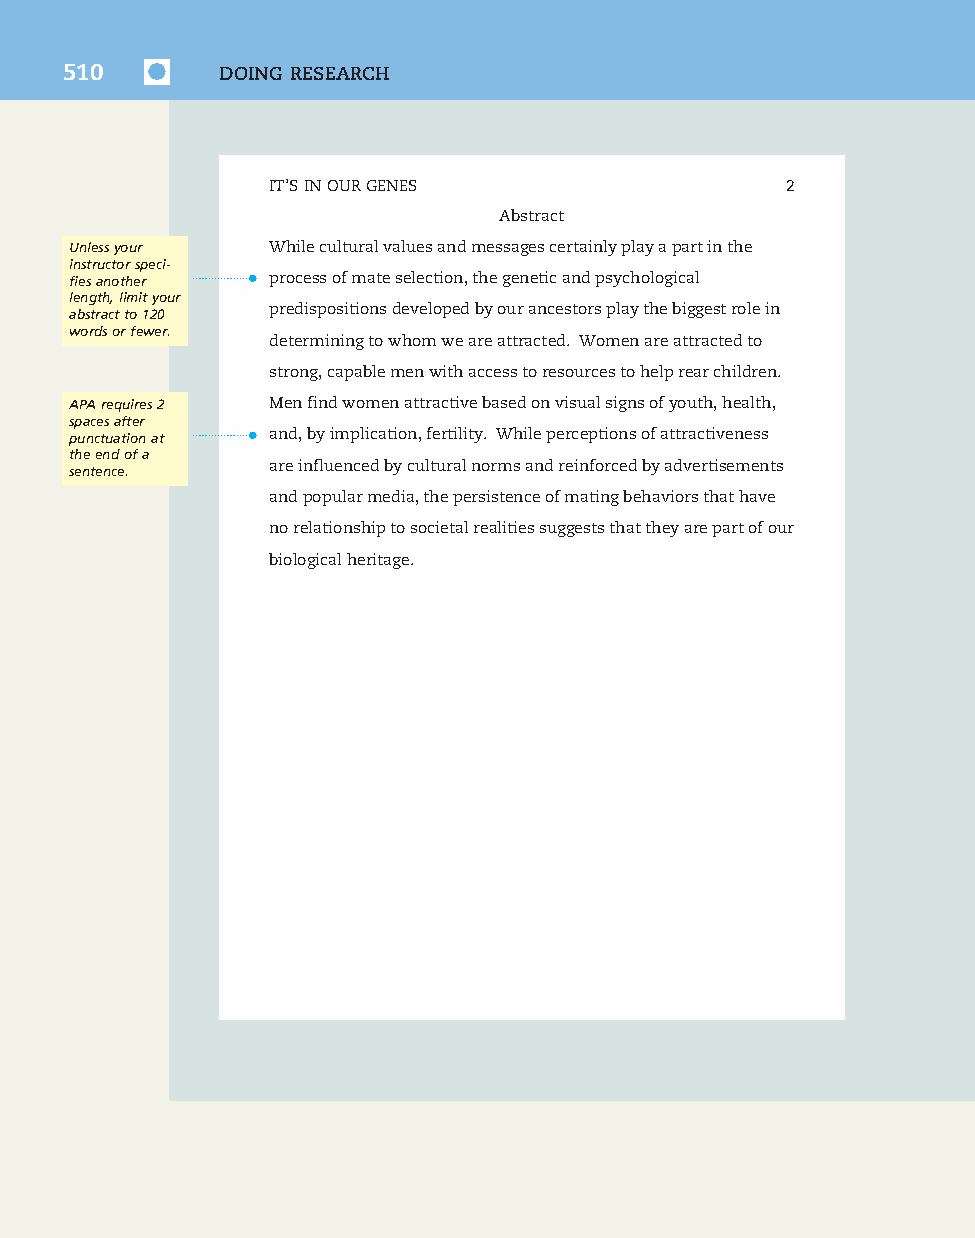
7830_50_p477-520_Q4-7:7830_50_p477-520_Q4-7 10/16/09 3:34 PM Page 510
 510        DOING RESEARCH
 IT’SINOURGENES                    2
 Abstract
 Unlessyour   Whileculturalvaluesandmessagescertainlyplayapartinthe
 instructorspeci-
 fiesanother • processofmateselection,thegeneticandpsychological
 length,limityour
 abstractto120 predispositionsdevelopedbyourancestorsplaythebiggestrolein
 wordsorfewer.
 determiningtowhomweareattracted. Womenareattractedto
 strong,capablemenwithaccesstoresourcestohelprearchildren.
 APArequires2 Menfindwomenattractivebasedonvisualsignsofyouth,health,
 spacesafter
 punctuationat • and,byimplication,fertility. Whileperceptionsofattractiveness
 theendofa
 sentence.    areinfluencedbyculturalnormsandreinforcedbyadvertisements
 andpopularmedia,thepersistenceofmatingbehaviorsthathave
 norelationshiptosocietalrealitiessuggeststhattheyarepartofour
 biologicalheritage.